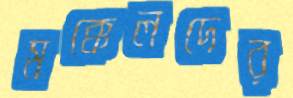
মক্কেলদের